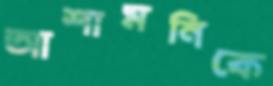
আশামনিকে